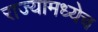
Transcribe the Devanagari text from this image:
राज्यामध्येच